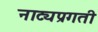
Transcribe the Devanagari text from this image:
नाट्यप्रगती